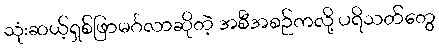
သုံးဆယ့်ရှစ်ဖြာမင်္ဂလာဆိုတဲ့ အစီအစဉ်ကလို့ ပရိသတ်တွေ